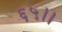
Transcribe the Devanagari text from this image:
६५।।